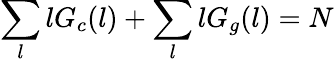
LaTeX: \sum_{l}lG_{c}(l)+\sum_{l}lG_{g}(l)=N